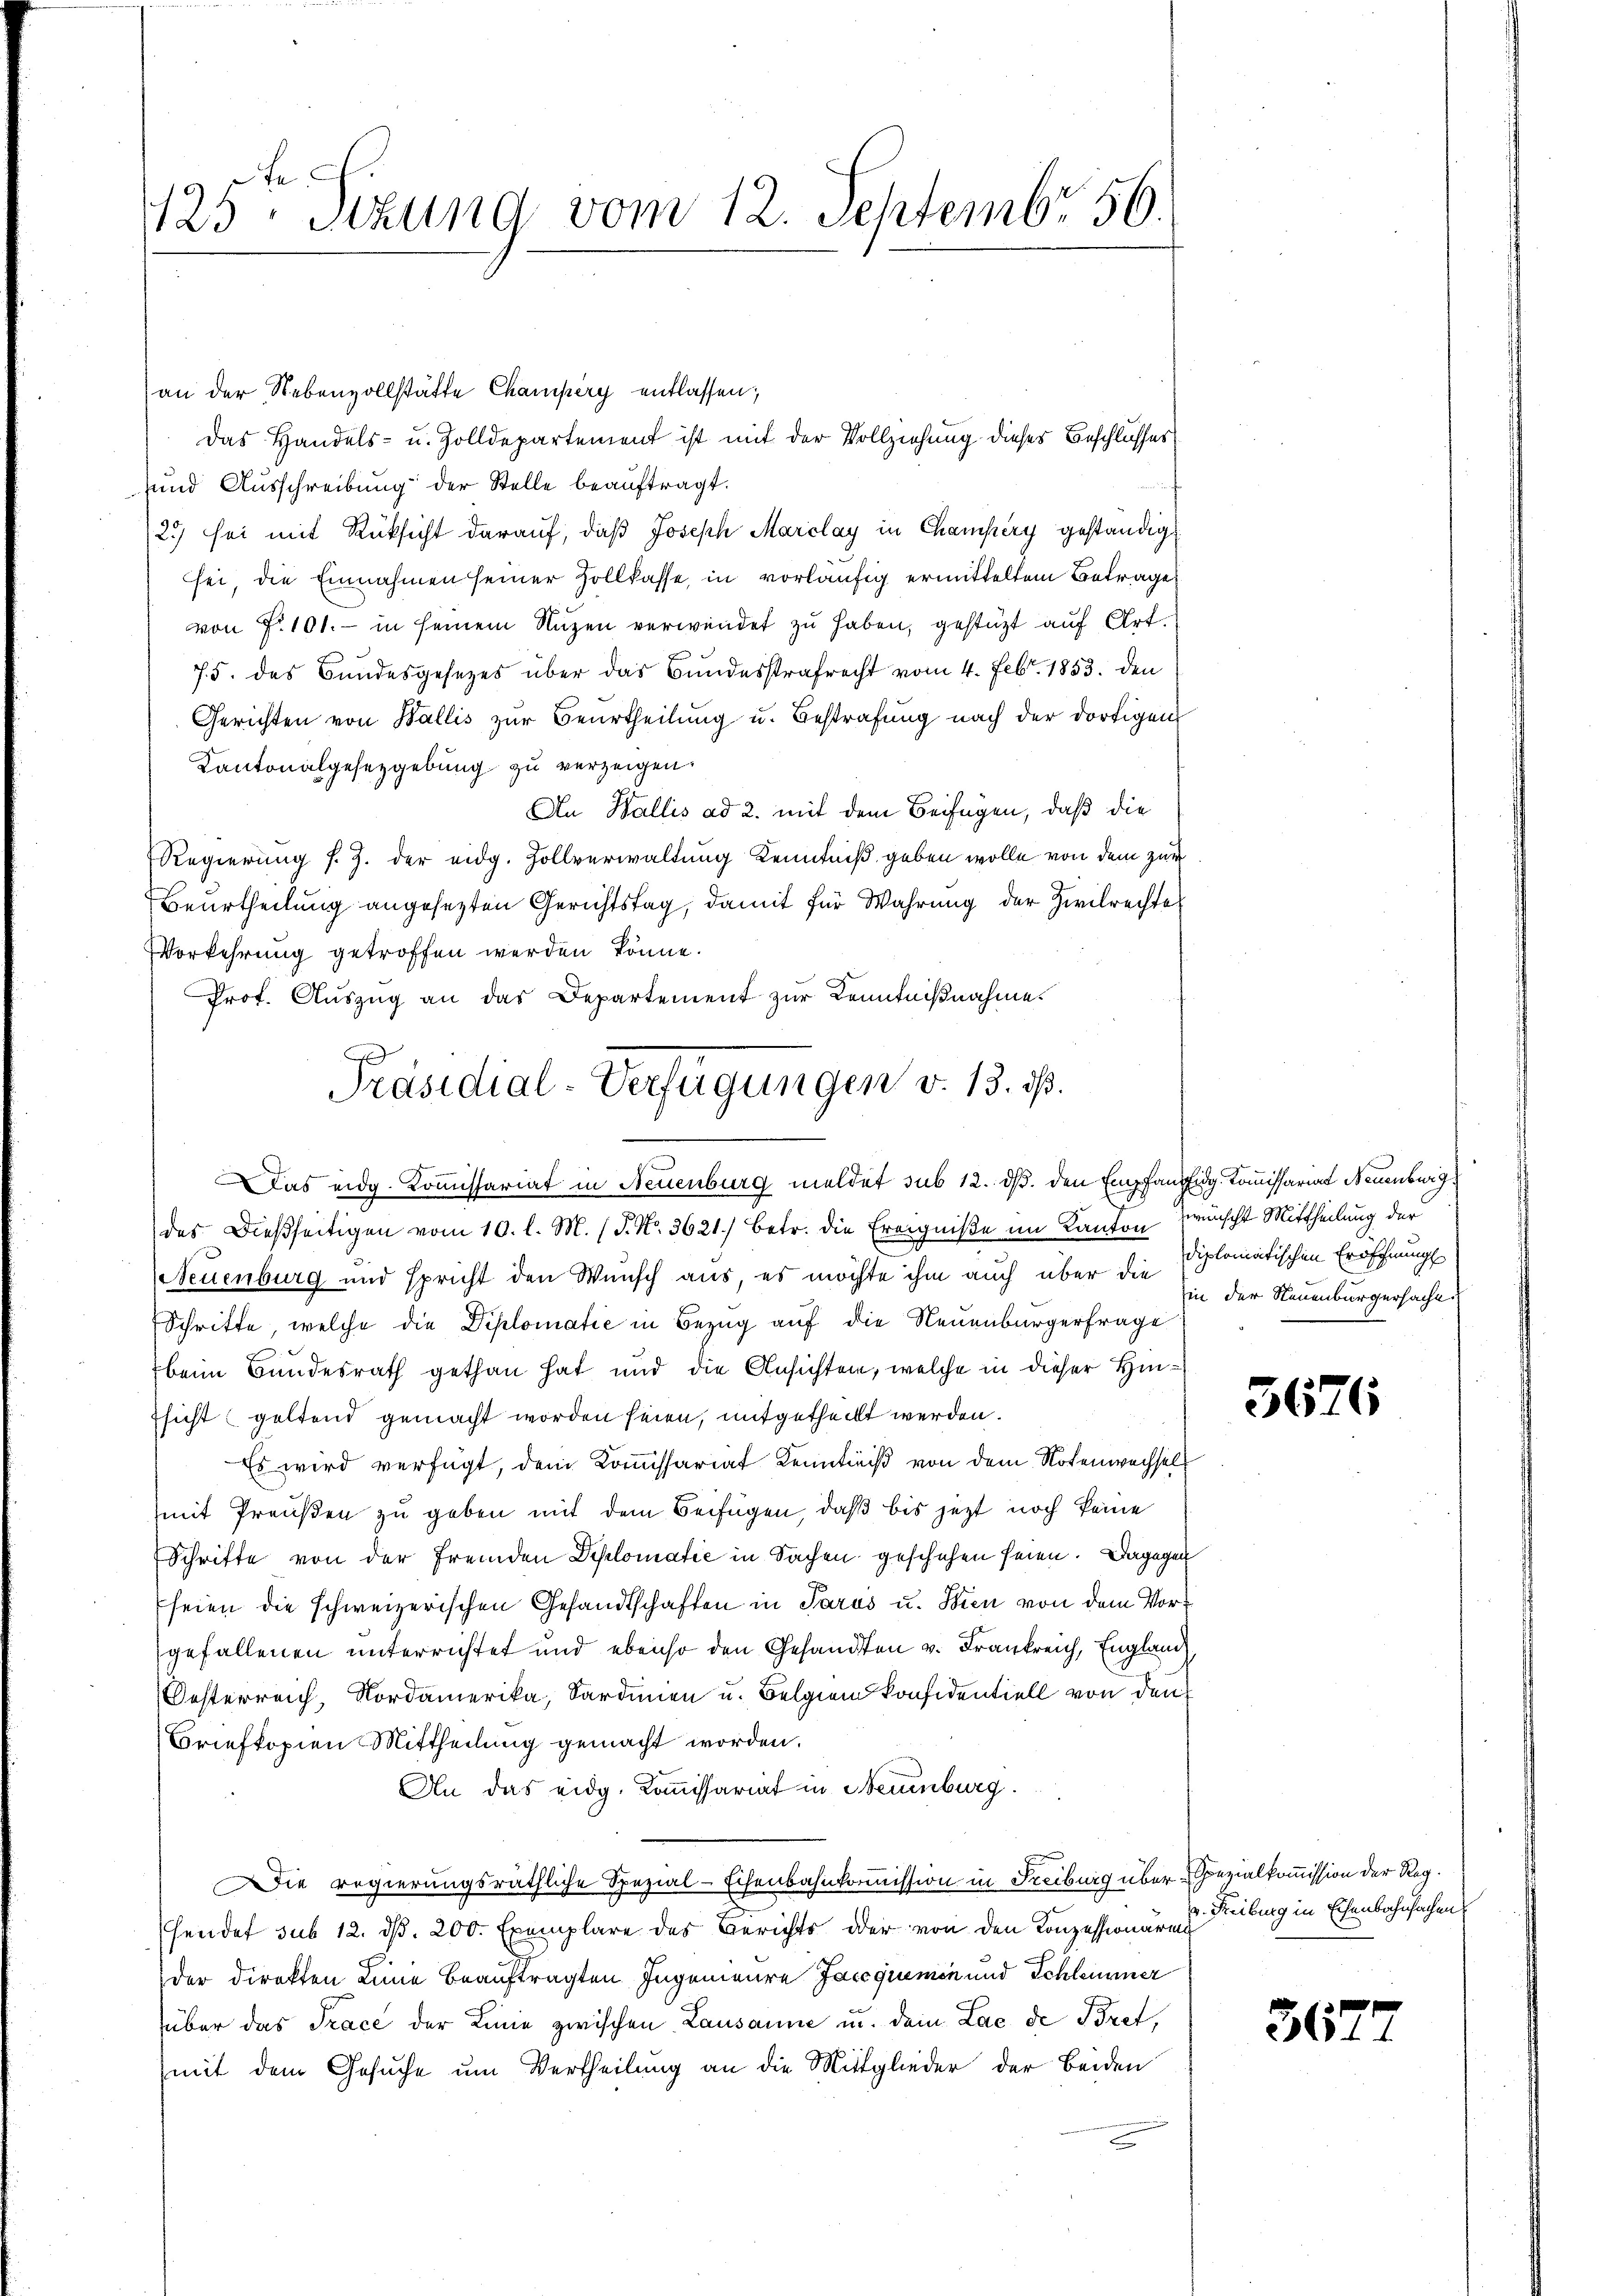
425ten Sizung vom 12. Septembr. 156.

an der Nebenvollstätte Champery entlassen;
Das Handels- u. Zolldepartement ist mit der Vollziehung dieses Beschlusses
uund Ausschreibung der Stelle beauftragt.
2.) sei mit Rücksicht darauf, daß Joseph Marclay in Champery geständigt
sei, die Einnahmen seiner Zollkasse, in vorläufig ermitteltem Betrage
von Fr. 101. - in seinem Nutzen verwendet zu haben, gestützt auf Art.
75. des Bundesgesezes über das Bundesstrafrecht vom 4. Febr. 1853. den
Gerichten von Wallis zur Beurtheilung u. Bestrafung nach der dortigen
Kantonalgesezgebung zu verzeigen.
An Wallis ad 2. mit dem Beifügen, daß die
Regierung s. Z. der eidg. Zollverwaltung Kenntniß geben wolle von dem zur
Beurtheilung angesezten Gerichtstag, damit für Wahrung der Zivilrechte
Vorkehrung getroffen werden könne.
Prof. Auszug an das Departement zur Kenntnißnahme.
des Dießseitigen vom 10. l. M. (T. No. 3621.) betr. die Ereigniße im Kanton wünscht Mittheilung der
Neuenburg und spricht den Wunsch aus, es möchte ihm auch über die
Schritte, welche die Diplomatie in Bezug auf die Neuenburgerfrage
beim Bundesrath gethan hat und die Ansichten, welche in dieser Hinfsicht geltend gemacht worden seien, mitgetheilt werden.
Es wird verfügt, dem Kommissariat Kenntniß von dem Notenwechsel
mit Preußen zu geben mit dem Beifügen, daß bis jezt noch keine
Schritte von der fremden Diplomatie in Sachen geschehen seien. Dagegen
seien die schweizerischen Gesandtschaften in Parus u. Wien von dem Vorgefallenen unterrichtet und ebenso den Gesandten v. Frankreich, England
Oesterreich, Nordamerika, Sardinen u. Belgien konfidentiell von den
Briefkopien Mittheilung gemacht worden.
An das eidg. Kommissariat in Neuenburg.
Die regierungsräthliche Spezial-Eisenbahnkomission in Freiburg über Spezialkommission der Reghendet sub 12. d. 200. Exemplare des Berichts oder von den Konzessionären
der direkten Linne beauftragten Ingenieure Jacequemen und Schlemmer
über das Trace der Linie zwischen Lausanne u. dein Lac de Bret,
(mit dem Gesuche um Vertheilung an die Mittglieder der beiden
c

Präsidial-Verfügungen v. 13. ds.
Das eidg. Kommissariat in Neuenburg meldet sub 12. ds. den Empfanzig Kommissariat Neuenburg

diplomatischen Eröffnung
in der Neuenburgersache.

3676

362.

Reiburg in Eisenbahnfachen